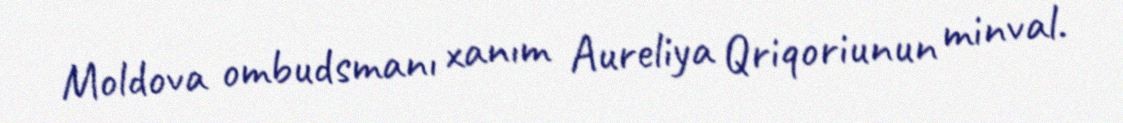
Moldova ombudsmanı xanım Aureliya Qriqoriunun minval.